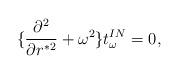
LaTeX: \begin{align*}\{ {\partial^2 \over \partial r^{*2}} + \omega^2 \} t^{IN}_{\omega} = 0,\end{align*}